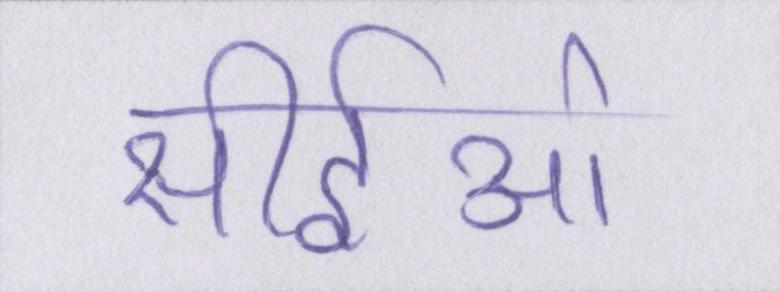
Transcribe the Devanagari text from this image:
सीईओ